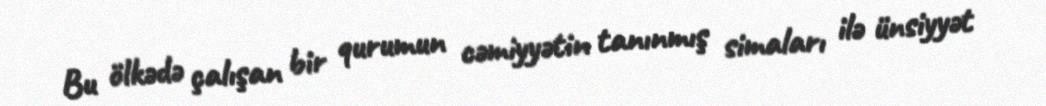
Bu ölkədə çalışan bir qurumun cəmiyyətin tanınmış simaları ilə ünsiyyət